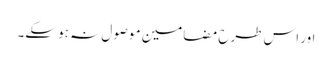
اور اس طرح مضامین موصول نہ ہو سکے۔